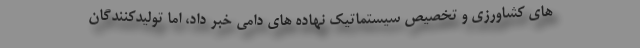
های کشاورزی و تخصیص سیستماتیک نهاده های دامی خبر داد، اما تولیدکنندگان